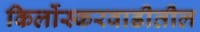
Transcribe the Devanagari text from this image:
किर्लोस्करवाडीतील